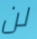
لن